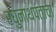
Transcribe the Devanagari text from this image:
रघुनाथपंताचा